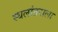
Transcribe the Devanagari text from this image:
स्थलांतराला